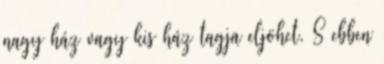
nagy ház vagy kis ház tagja eljöhet. S ebben